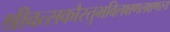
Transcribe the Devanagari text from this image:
श्रीवत्सकौस्तुभविलक्षणलक्षणस्य